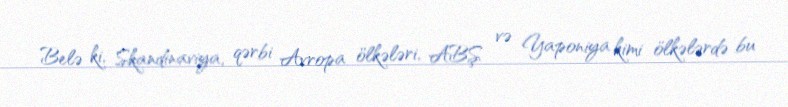
Belə ki, Skandinaviya, qərbi Avropa ölkələri, ABŞ və Yaponiya kimi ölkələrdə bu